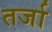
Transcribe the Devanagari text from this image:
तर्जा